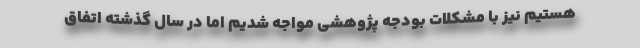
هستیم نیز با مشکلات بودجه پژوهشی مواجه شدیم اما در سال گذشته اتفاق